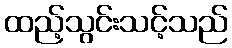
ထည့်သွင်းသင့်သည်